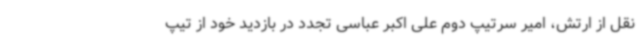
نقل از ارتش، امیر سرتیپ دوم علی اکبر عباسی تجدد در بازدید خود از تیپ